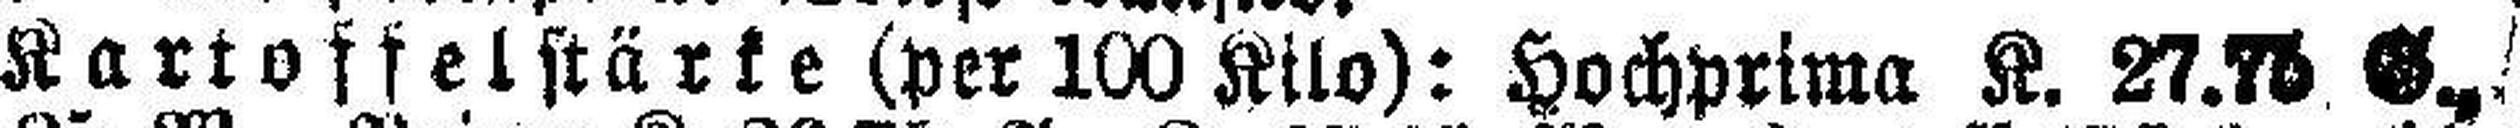
Kartoffelstärke (per 100 Kilo): Hochprima K. 27.76 G.,